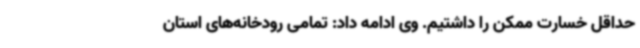
حداقل خسارت ممکن را داشتیم. وی ادامه داد: تمامی رودخانه‌های استان